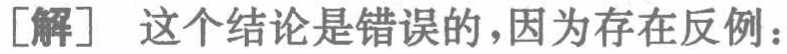
[解] 这个结论是错误的，因为存在反例：